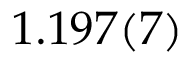
1 . 1 9 7 ( 7 )